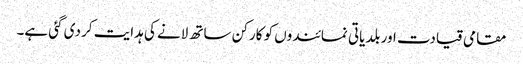
مقامی قیادت اور بلدیاتی نمائندوں کو کارکن ساتھ لانے کی ہدایت کر دی گئی ہے۔